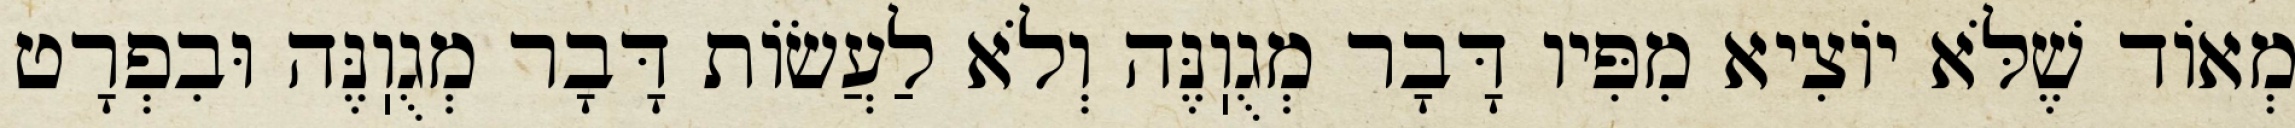
מְאוֹד שֶׁלֹּא יוֹצִיא מִפִּיו דָּבָר מְגֻוֽנֶּה וְלֹא לַעֲשׂוֹת דָּבָר מְגֻוֽנֶּה וּבִפְרָט